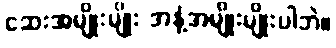
ဆေးအမျိုးမျိုး အနံ့အမျိုးမျိုးပါဘဲ။